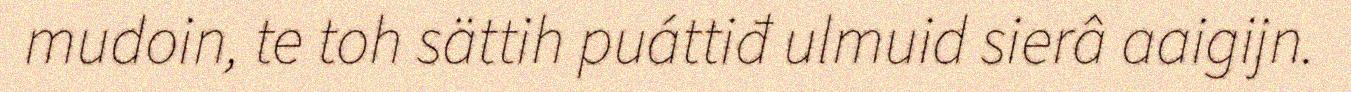
mudoin, te toh sättih puáttiđ ulmuid sierâ aaigijn.